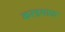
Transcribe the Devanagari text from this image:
करडयाळ